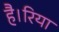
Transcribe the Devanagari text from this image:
है।रिया